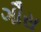
ગૌસ